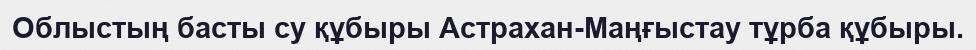
Облыстың басты су құбыры Астрахан-Маңғыстау тұрба құбыры.